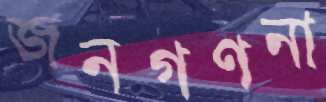
জনগণনা